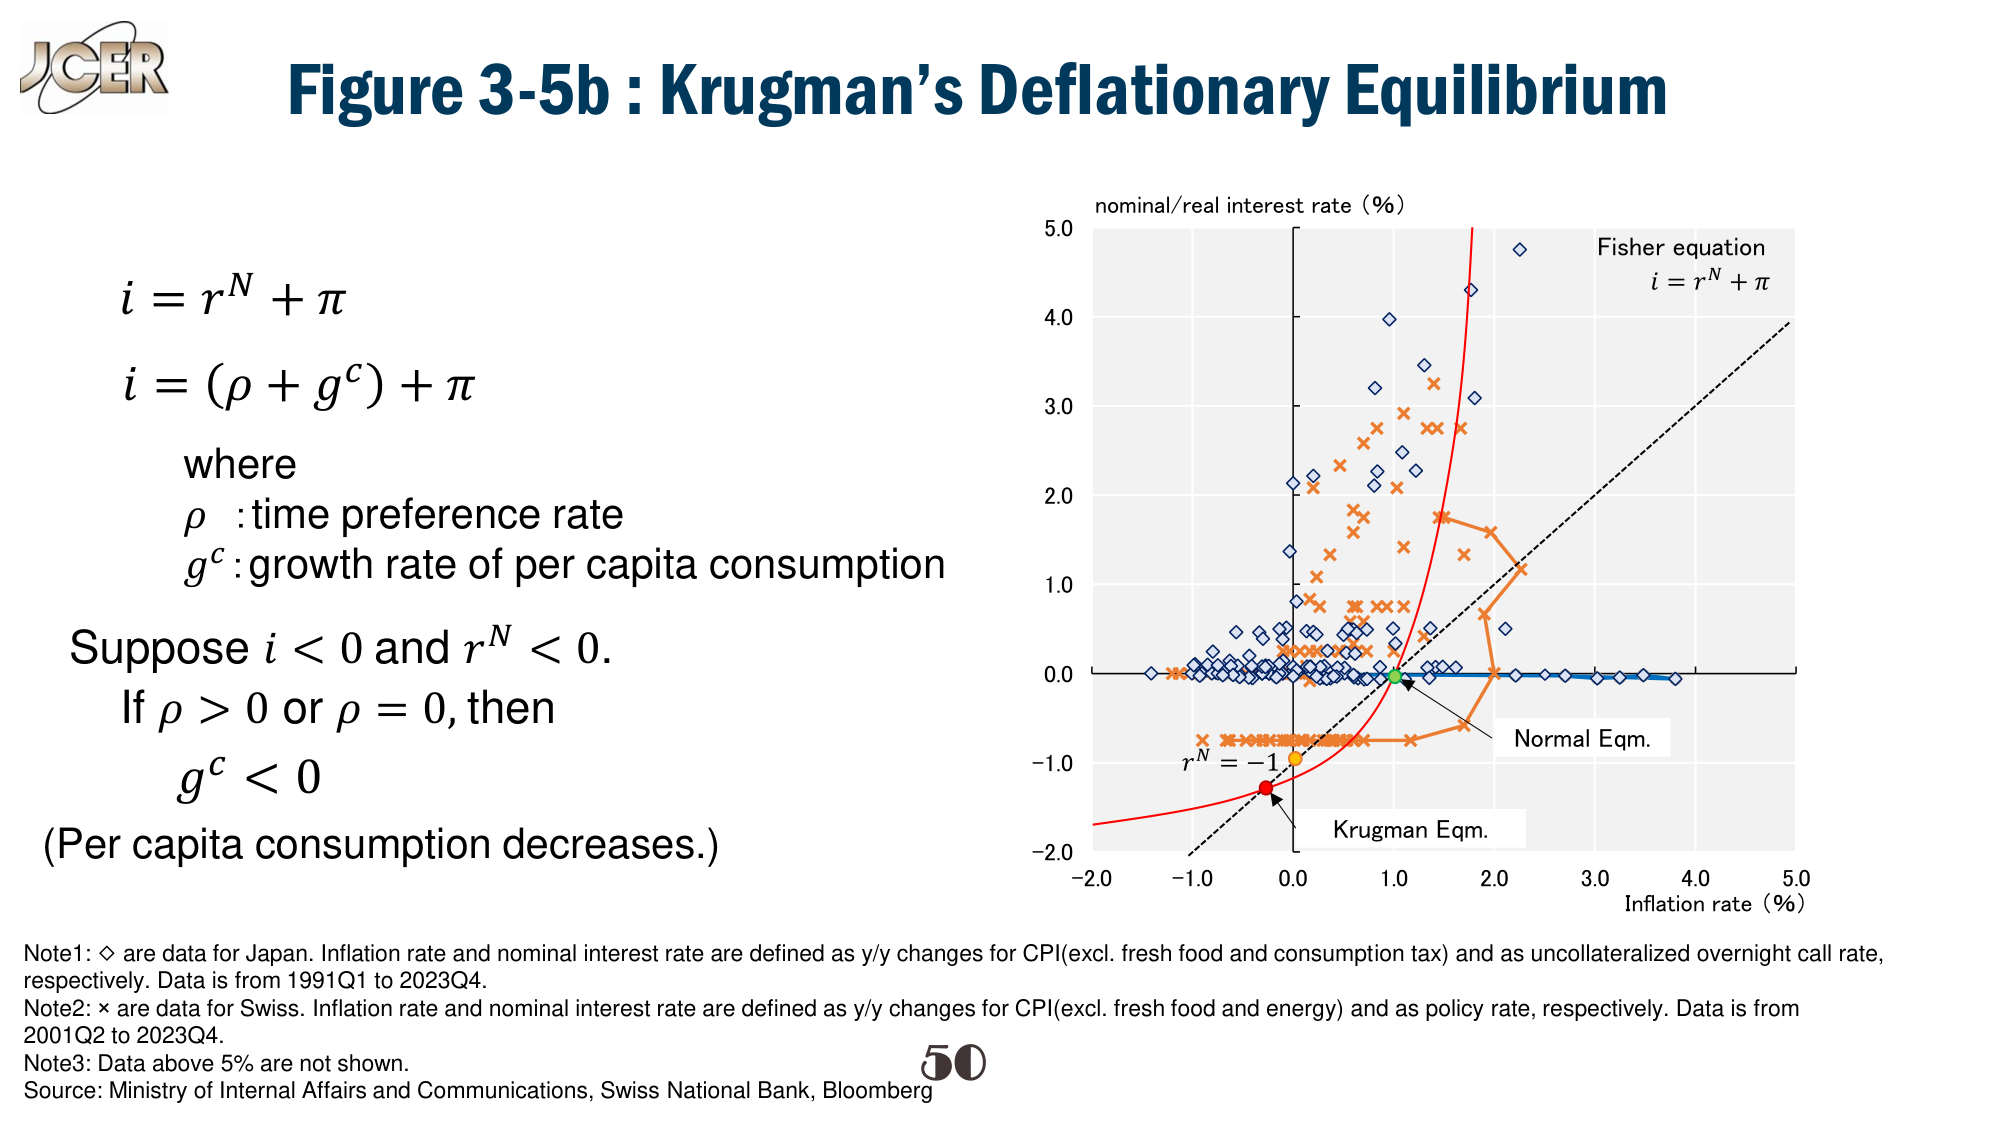
Figure 3-5b : Krugman’s Deflationary Equilibrium

i = r^N + π
i = (ρ + g^c) + π
where
ρ : time preference rate
g^c : growth rate of per capita consumption

Suppose i < 0 and r^N < 0.
If ρ > 0 or ρ = 0, then
g^c < 0
(Per capita consumption decreases.)

nominal/real interest rate (%)
Fisher equation
i = r^N + π
Normal Eqm.
Krugman Eqm.
r^N = -1
Inflation rate (%)

Note1: ◊ are data for Japan. Inflation rate and nominal interest rate are defined as y/y changes for CPI(excl. fresh food and consumption tax) and as uncollateralized overnight call rate, respectively. Data is from 1991Q1 to 2023Q4.
Note2: × are data for Swiss. Inflation rate and nominal interest rate are defined as y/y changes for CPI(excl. fresh food and energy) and as policy rate, respectively. Data is from 2001Q2 to 2023Q4.
Note3: Data above 5% are not shown.
Source: Ministry of Internal Affairs and Communications, Swiss National Bank, Bloomberg

50